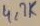
Text: 4,7K